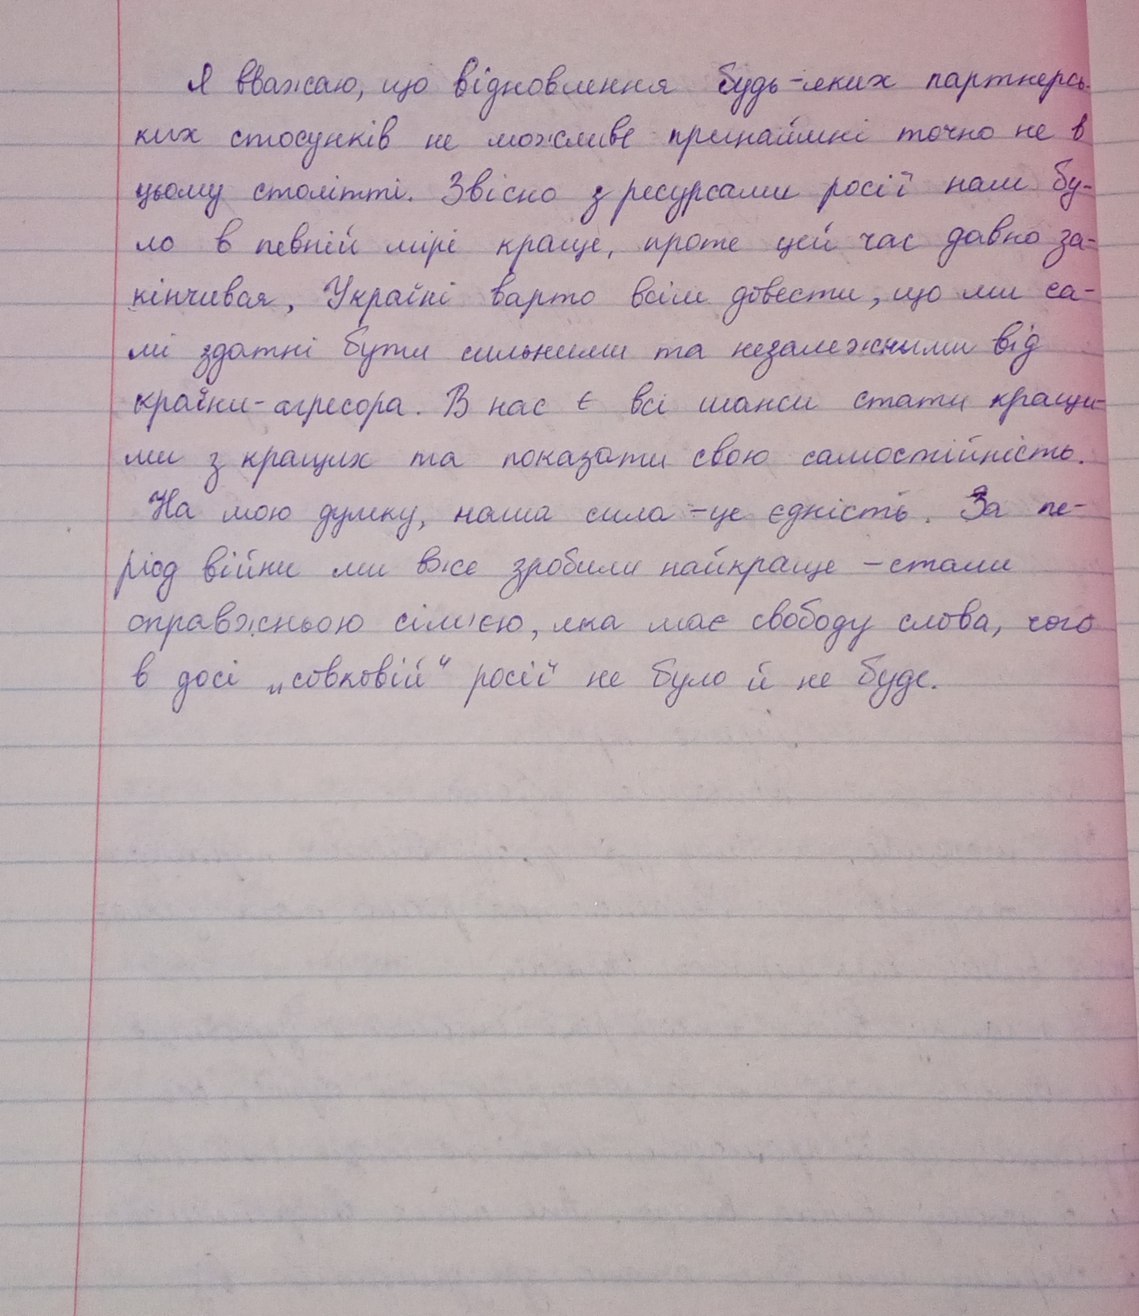
Я вважаю, що відновлення будь-яких партнерсь-
ких стосунків не можливе принаймні точно не в
цьому столітті. Звісно з ресурсами росії нам бу-
ло в певній мірі краще, проте цей час давно за-
кінчився, Україні варто всім довести, що ми са-
мі здатні бути сильними та незалежними від
країни-агресора. В нас є всі шанси стати кращи-
ми з кращих та показати свою самостійність.
На мою думку, наша сила - це єдність. За пе-
ріод війни ми вже зробили найкраще - стали
справжньою сім'єю, яка має свободу слова, чого
в досі "совковій" росії не було й не буде.